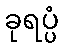
ခုရပ္ပံ